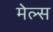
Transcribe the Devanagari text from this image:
मेल्स